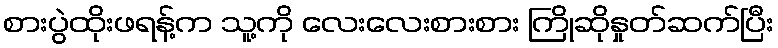
စားပွဲထိုးဖရန့်က သူ့ကို လေးလေးစားစား ကြိုဆိုနှုတ်ဆက်ပြီး